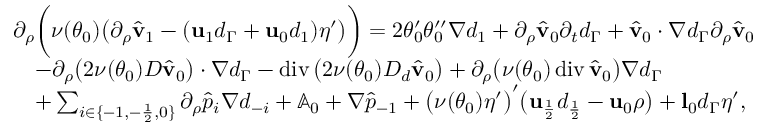
\begin{array} { r l } & { \partial _ { \rho } \bigg ( \nu ( \theta _ { 0 } ) \big ( \partial _ { \rho } \hat { \mathbf { v } } _ { 1 } - ( \mathbf { u } _ { 1 } d _ { \Gamma } + \mathbf { u } _ { 0 } d _ { 1 } ) \eta ^ { \prime } \big ) \bigg ) = 2 \theta _ { 0 } ^ { \prime } \theta _ { 0 } ^ { \prime \prime } \nabla d _ { 1 } + \partial _ { \rho } \hat { \mathbf { v } } _ { 0 } \partial _ { t } d _ { \Gamma } + \hat { \mathbf { v } } _ { 0 } \cdot \nabla d _ { \Gamma } \partial _ { \rho } \hat { \mathbf { v } } _ { 0 } } \\ & { \quad - \partial _ { \rho } \big ( 2 \nu ( \theta _ { 0 } ) D \hat { \mathbf { v } } _ { 0 } \big ) \cdot \nabla d _ { \Gamma } - \operatorname { d i v } \big ( 2 \nu ( \theta _ { 0 } ) D _ { d } \hat { \mathbf { v } } _ { 0 } \big ) + \partial _ { \rho } \big ( \nu ( \theta _ { 0 } ) \operatorname { d i v } \hat { \mathbf { v } } _ { 0 } \big ) \nabla d _ { \Gamma } } \\ & { \quad + \sum _ { i \in \{ - 1 , - \frac { 1 } { 2 } , 0 \} } \partial _ { \rho } \hat { p } _ { i } \nabla d _ { - i } + \mathbb { A } _ { 0 } + \nabla \hat { p } _ { - 1 } + \big ( \nu ( \theta _ { 0 } ) \eta ^ { \prime } \big ) ^ { \prime } \big ( \mathbf { u } _ { \frac { 1 } { 2 } } d _ { \frac { 1 } { 2 } } - \mathbf { u } _ { 0 } \rho \big ) + \mathbf { l } _ { 0 } d _ { \Gamma } \eta ^ { \prime } , } \end{array}